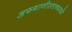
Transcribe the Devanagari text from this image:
अफगाणीस्तानमध्ये